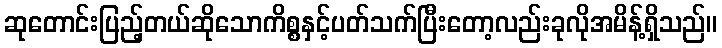
ဆုတောင်းပြည့်တယ်ဆိုသောကိစ္စနှင့်ပတ်သက်ပြီးတော့လည်းခုလိုအမိန့်ရှိသည်။